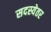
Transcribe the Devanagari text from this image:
सदस्येतर